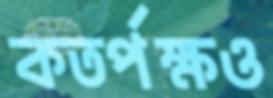
কতর্পক্ষও